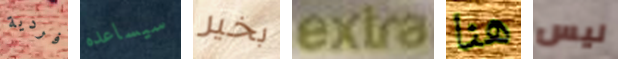
فردية سيساعده بخير extra هنا ليس